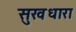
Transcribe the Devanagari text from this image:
सुखधारा